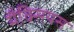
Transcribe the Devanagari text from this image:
मैक्सियस